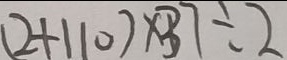
( 2 + 1 1 0 ) \times 3 7 \div 2